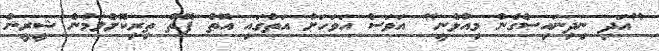
"އަދި ނިދިނައިސްގެން މިއުޅެނީ" އަވަސް އަވަހަށް އަތުގައި އޮތް ފޮތް ތިރިކޮށްލަމުން ޝީރީން